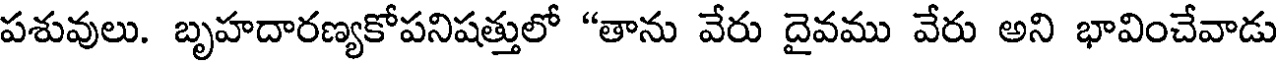
పశువులు. బృహదారణ్యకోపనిషత్తులో "తాను వేరు దైవము వేరు అని భావించేవాడు